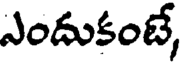
ఎందుకంటే,